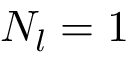
N _ { l } = 1